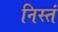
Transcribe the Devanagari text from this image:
निस्तं